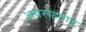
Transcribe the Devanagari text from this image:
अवरोहपात